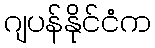
ဂျပန်နိုင်ငံက